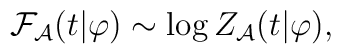
{\cal F}_{\cal A}(t|\varphi) \sim \log Z_{\cal A}(t|\varphi),